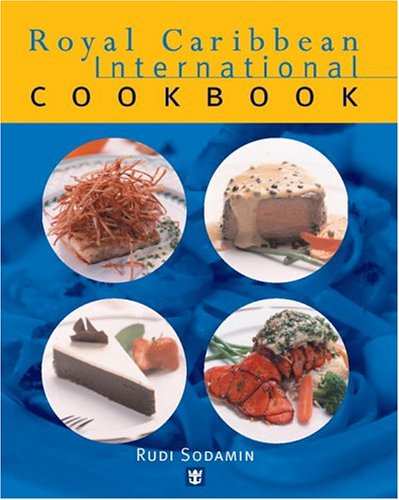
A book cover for Royal Caribbean International Cookbook; Rudi Sodamin; Cookbooks, Food & Wine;